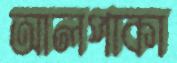
আলপাকা